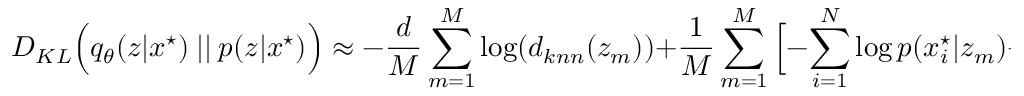
D _ { K L } \Big ( q _ { \theta } ( z | x ^ { \star } ) \ | | \ p ( z | x ^ { \star } ) \Big ) \approx - \frac { d } { M } \sum _ { m = 1 } ^ { M } \log ( d _ { k n n } ( z _ { m } ) ) + \frac { 1 } { M } \sum _ { m = 1 } ^ { M } \Big [ - \sum _ { i = 1 } ^ { N } \log p ( x _ { i } ^ { \star } | z _ { m } ) + \frac { 1 } { 2 } | | z _ { m } | | ^ { 2 } \Big ]